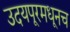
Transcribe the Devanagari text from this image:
उदयपूरमधूनच